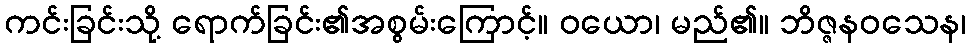
ကင်းခြင်းသို့ ရောက်ခြင်း၏အစွမ်းကြောင့်။ ဝယော၊ မည်၏။ ဘိဇ္ဇနဝသေန၊